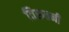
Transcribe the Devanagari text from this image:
तिरुतनी